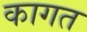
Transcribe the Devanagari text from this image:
कागत